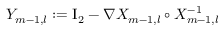
Y _ { m - 1 , l } : = \ensuremath { \mathrm { I } _ { 2 } } - \nabla X _ { m - 1 , l } \circ X _ { m - 1 , l } ^ { - 1 }